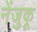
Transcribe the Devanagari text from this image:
नेंजुकू